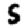
Digit: 5